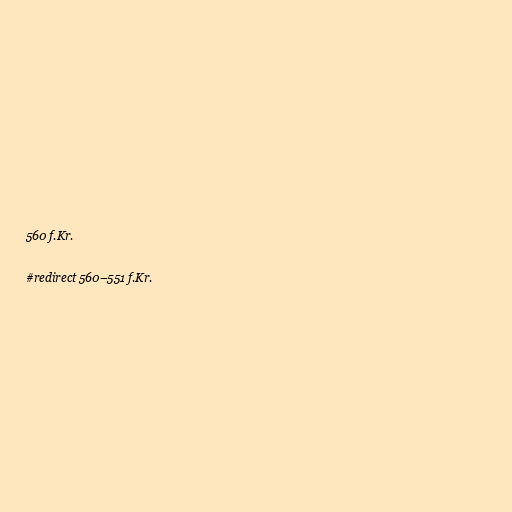
560 f.Kr.

#redirect 560–551 f.Kr.